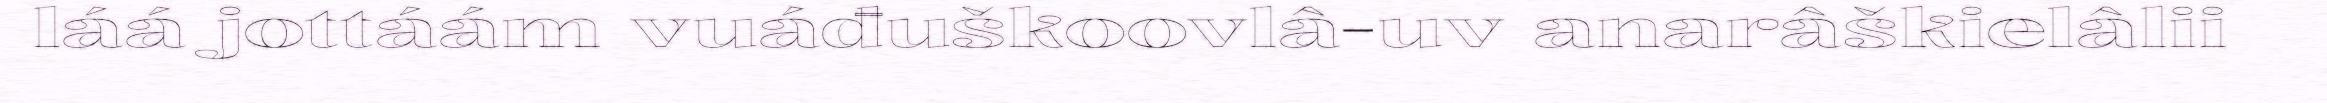
láá jottáám vuáđuškoovlâ-uv anarâškielâlii